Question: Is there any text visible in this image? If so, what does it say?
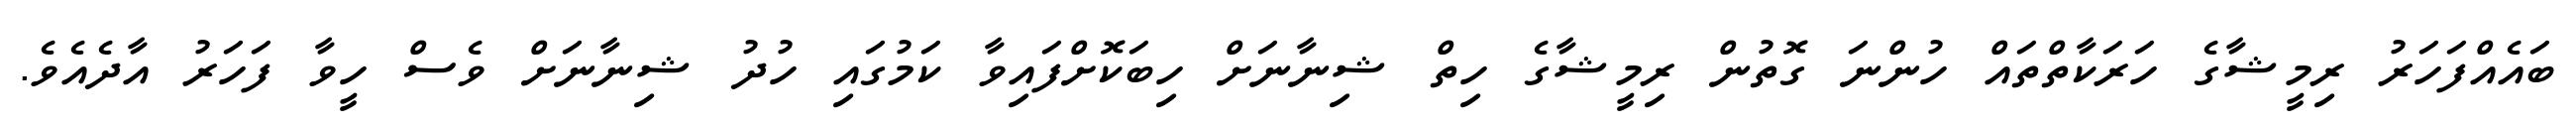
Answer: ބައެއްފަހަރު ރިމީޝާގެ ހަރަކާތްތައް ހުންނަ ގޮތުން ރިމީޝާގެ ހިތް ޝިނާނަށް ހިބަކޮށްފައިވާ ކަމުގައި ހުދު ޝިނާނަށް ވެސް ހީވާ ފަހަރު އާދެއެވެ.